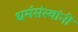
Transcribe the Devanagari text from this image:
धर्मसंस्थांनी